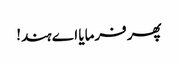
پھر فرمایا اے ہند!